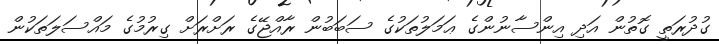
ގުދުރަތީ ގޮތުން އަދި އިންސާނުންގެ ޢަމަލުތަކުގެ ސަބަބުން ރާއްޖޭގެ ރަށްރަށް ގިރުމުގެ މައްސަލަތަކުން